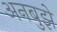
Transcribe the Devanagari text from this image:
अनबुझे